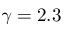
\gamma = 2 . 3